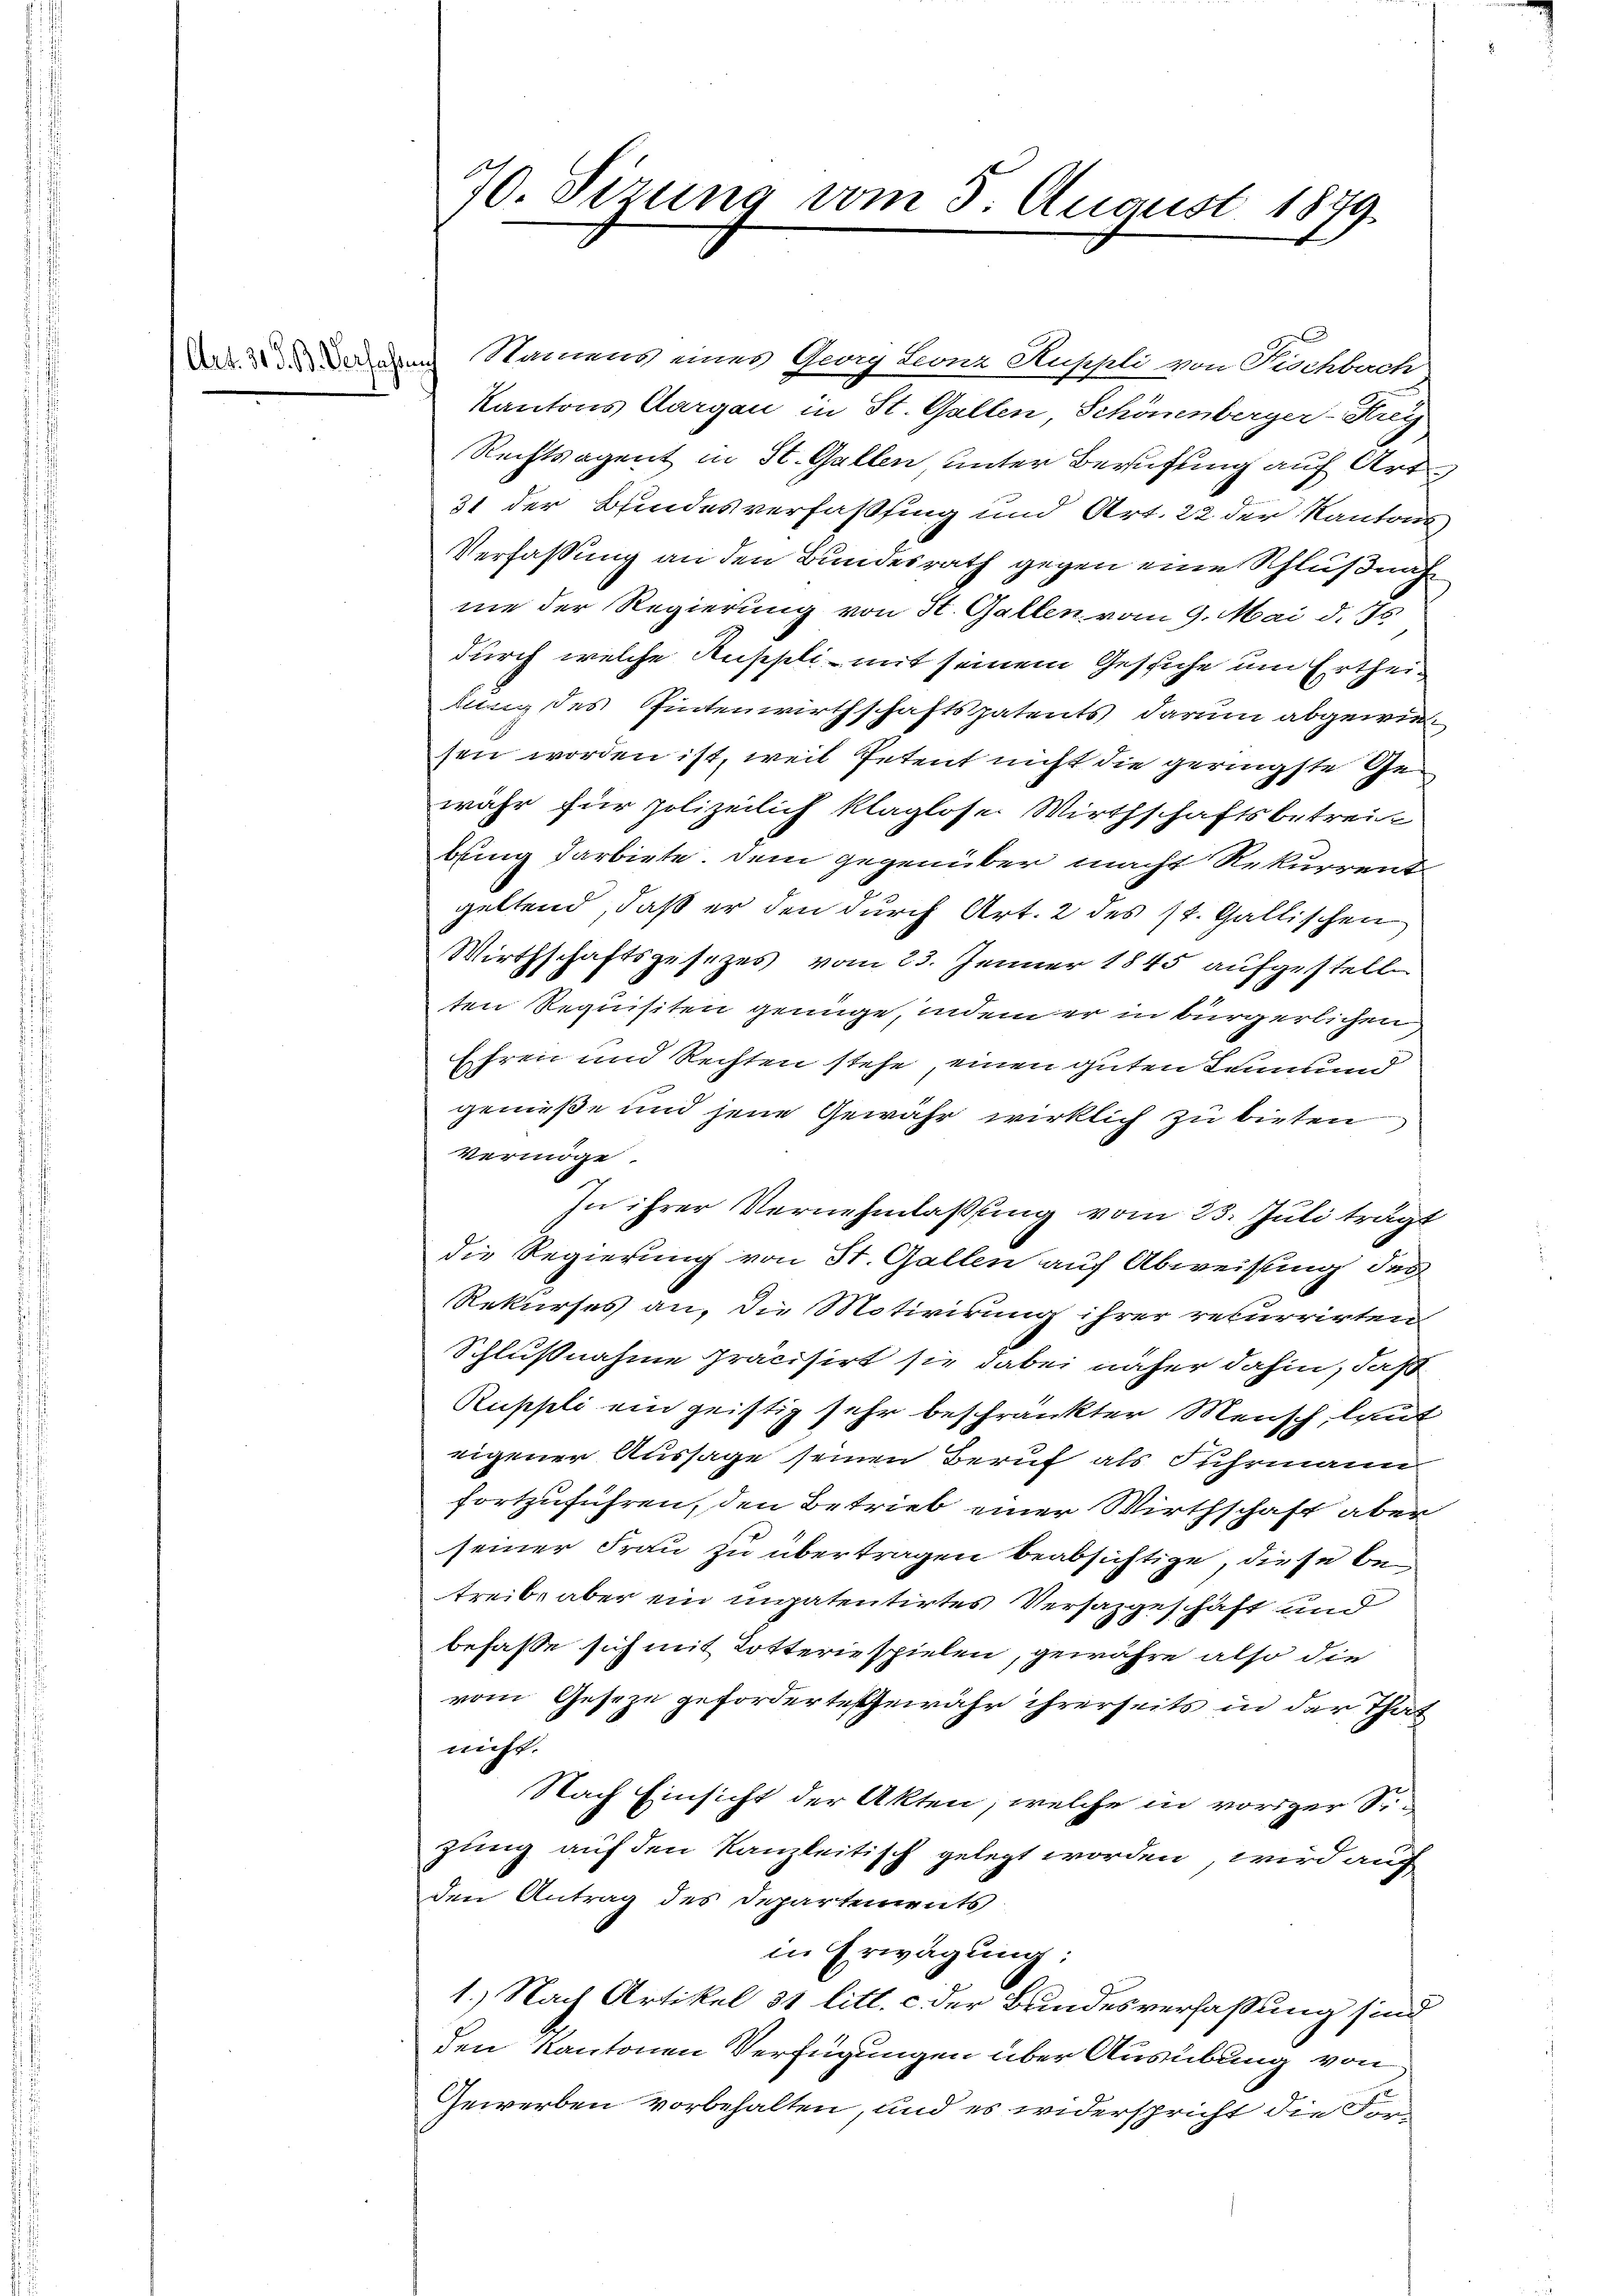
Art. 31 J. B. Verfasse

70. Sizung vom 5. August 1879.

Namens eines Georg Leonz Kuppli von Fischbach
Kantons Aargau in St. Gallen, Schönenberger-Krey
Rechtsagent in St. Gallen, unter Berufung auf Art.
31 der Bundesverfassung und Art. 22 der Kantons
Verfassung an den Bundesrath gegen eine Schlußnah
me der Regierung von St. Gallen vom 9. Mai d. Js.
durch welche Ausppli - mit seinem Gesiche um Ertheilung des Eintenwirthschaftspatents darum abgewie
sen worden ist, weil Petent nicht die geringste Gewähr für polizeilich klaglose Wirthschaftsbetreit
bung darbiete. Dem gegenüber macht Rekurrent
geltend, daß er den durch Art. 2 des St. Gallischen
Wirthschaftsgesezes vom 23. Jänner 1845 aufgestellten Requisiten genüge, indem er in bürgerlichen
Ehren und Rechten stehe, einen guten Leumund
genieße und jene Gewahr wirklich zu bieten
vermöge.
In ihrer Vernehmlassung vom 23. Juli trägt
die Regierung von St. Gallen auf Abweisung des
Rekurses an, die Motivirung ihrer recurrirten
Schlußnahme Präcisirt sie dabei näher dahin, daß
Ruppli ein geistig sehr beschränkter Mensch, laut
eigener Aussage seinen Beruf als Fuhrmann
fortzuführen, den Betrieb einer Wirthschaft aber
seiner Frau zu übertragen beabsichtige, diese betreibe aber ein inpatentirtes Versazgeschäft und
befasse sich mit Totteriespielen, gewähre also die
vom Geseze geforderte Gewähr ihrerseits in der That
nicht.
Nach Einsicht der Akten, welche in voriger Si
zung auf den Kanzleitisch gelegt worden, wird auch
den Antrag des Departements
in Erwägung:
1.) Nach Artikel 31 litt. c. der Bundesverfaßung sind
den Kantonen Verfügungen über Ausübung von
Gewerben vorbehalten, und es widerspricht die For-